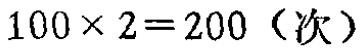
\(100\times 2 = 200（次）\)